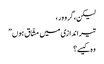
لیکن، گرو ور ،
تیر اندازی میں مشّاق ہوں ”
وہ کیسے؟